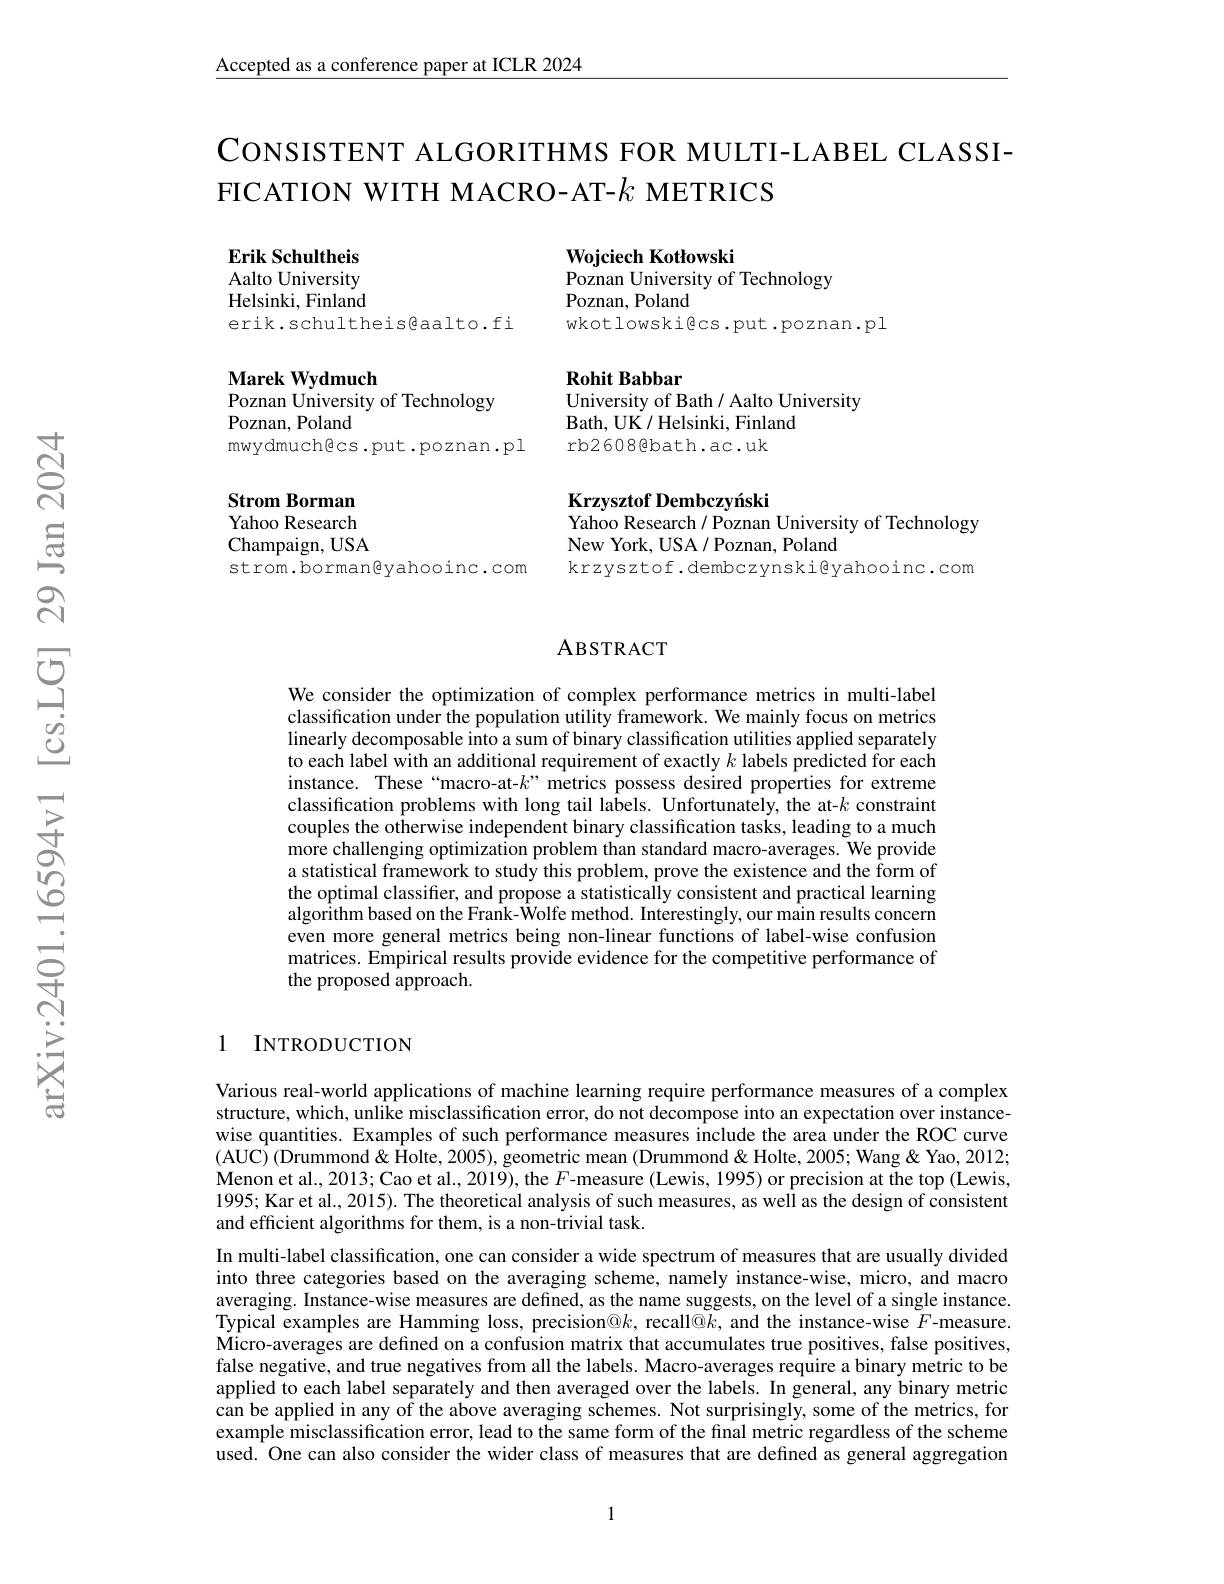
Accepted as a conference paper at ICLR 2024

# CONSISTENT ALGORITHMS FOR MULTI-LABEL CLASSIFICATION WITH MACRO-AT-$k$ METRICS

Erik Schultheis Aalto University ${\mathrm{Helsinki,Finland}}$ erik.schultheis@aalto.fi

Wojciech Kotłowski
Poznan University of Technology
Poznan, Poland
wkotlowski@cs.put.poznan.pl

Rohit Babbar
University of Bath / Aalto University
Bath, UK / Helsinki, Finland
rb2608@bath.ac.uk

Marek Wydmuch
Poznan University of Technology
Poznan, Poland
mwydmuch@cs.put.poznan.pl

Krzysztof Dembczynski
Yahoo Research / Poznan University of Technology

Strom Borman Yahoo Research Champaign, USA

strom.borman@yahooinc.com

New York, USA / Poznan, Poland
krzysztof. dembczynski@yahooinc.com

### ABSTRACT

We consider the optimization of complex performance metrics in multi-label classification under the population utility framework. We mainly focus on metrics linearly decomposable into a sum of binary classification utilities applied separately to each label with an additional requirement of exactly $k$ labels predicted for each instance. These“macro-at-$k”$metrics possess desired properties for extreme classification problems with long tail labels. Unfortunately, the at-$k$ constraint couples the otherwise independent binary classification tasks, leading to a much more challenging optimization problem than standard macro-averages. We provide a statistical framework to study this problem, prove the existence and the form of the optimal classifier, and propose a statistically consistent and practical learning $\hat{\text{algorithm based on the Frank-}}\hat{\text{Wolfe method. Interestingly, our main results concern}}$ even more general metrics being non-linear functions of label-wise confusion matrices. Empirical results provide evidence for the competitive performance of the proposed approach.

### 1 INTRODUCTION

Various real-world applications of machine learning require performance measures of a complex structure, which, unlike misclassification error, do not decompose into an expectation over instancewise quantities. Examples of such performance measures include the area under the ROC curve $(\hat{\mathrm{AUC}})(\hat{\mathrm{Drummond}}\&\hat{\mathrm{Holte}},2005),\hat{\text{geometric mean }}($Drummond&Holte,2005;Wang&Yao,2012; Menon et al., 2013; Cao et al., 2019), the $F$-measure (Lewis, 1995) or precision at the top (Lewis, 1995; Kar et al., 2015). The theoretical analysis of such measures, as well as the design of consistent and efficient algorithms for them, is a non-trivial task.
In multi-label classification, one can consider a wide spectrum of measures that are usually divided into three categories based on the averaging scheme, namely instance-wise, micro, and macro averaging. Instance-wise measures are defined, as the name suggests, on the level of a single instance. Typical examples are Hamming loss, precision@k, recall@k, and the instance-wise $F$-measure. Micro-averages are defined on a confusion matrix that accumulates true positives, false positives, false negative, and true negatives from all the labels. Macro-averages require a binary metric to be applied to each label separately and then averaged over the labels. In general, any binary metric can be applied in any of the above averaging schemes. Not surprisingly, some of the metrics, for example misclassification error, lead to the same form of the final metric regardless of the scheme used. One can also consider the wider class of measures that are defined as general aggregation

1